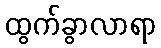
ထွက်ခွာလာရာ